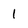
Character: l